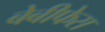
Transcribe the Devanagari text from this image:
बेबीफेस